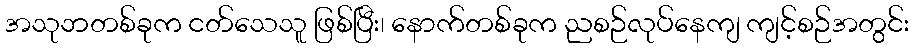
အသုဘတစ်ခုက ငတ်သေသူ ဖြစ်ပြီး၊ နောက်တစ်ခုက ညစဉ်လုပ်နေကျ ကျင့်စဉ်အတွင်း